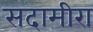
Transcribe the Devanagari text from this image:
सदामीरा